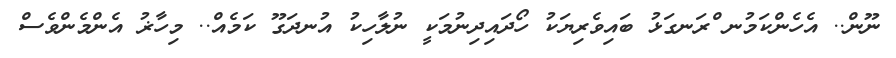
ނޫން.. އެހެންކަމުނ ްރަނގަޅު ބައިވެރިޔަކު ހޯދައިދިނުމަކީ ނުލާހިކު އުނދަގޫ ކަމެއް.. މިހާޜު އެންމެންވެސް